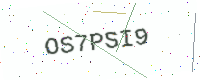
Text: OS7PSI9